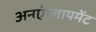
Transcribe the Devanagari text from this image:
अनएंप्लायमेंट